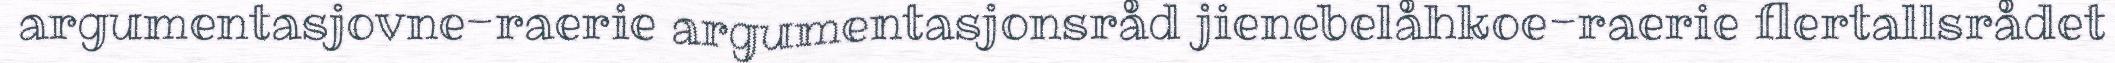
argumentasjovne-raerie argumentasjonsråd jienebelåhkoe-raerie flertallsrådet